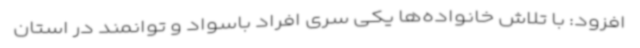
افزود: با تلاش خانواده‌ها یکی سری افراد باسواد و توانمند در استان